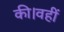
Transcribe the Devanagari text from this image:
की।वहीं